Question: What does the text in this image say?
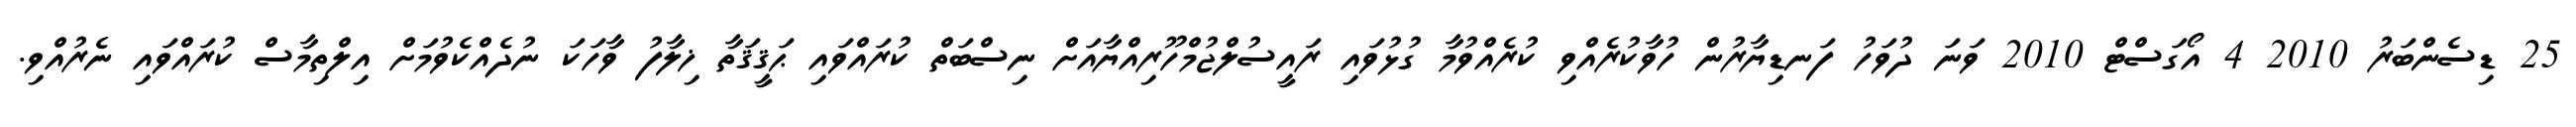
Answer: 25 ޑިސެންބަރު 2010 4 އޯގަސްޓް 2010 ވަނަ ދުވަހު ފަނޑިޔާރުން ހުވާކުރެއްވި ކުރެއްވުމާ ގުޅުވައި ރައީސުލްޖުމްހޫރިއްޔާއަށް ނިސްބަތް ކުރައްވައި ޙަޤީޤަތާ ޚިލާފު ވާހަކަ ނުދެއްކެވުމަށް އިލްތިމާސް ކުރައްވައި ނެރުއްވި.